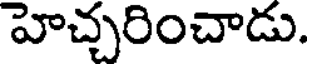
హెచ్చరించాడు.